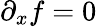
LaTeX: \partial_{x}f=0